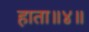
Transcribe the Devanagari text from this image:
हाता॥४॥